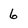
Character: 6